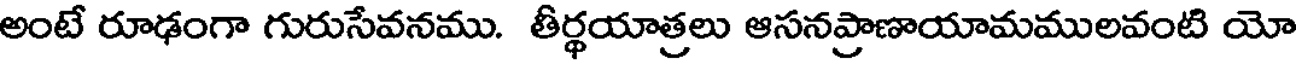
అంటే రూఢంగా గురుసేవనము. తీర్థయాత్రలు ఆసనప్రాణాయామములవంటి యో